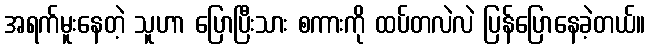
အရက်မူးနေတဲ့ သူဟာ ပြောပြီးသား စကားကို ထပ်တလဲလဲ ပြန်ပြောနေခဲ့တယ်။